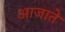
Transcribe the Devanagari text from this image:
आजाते